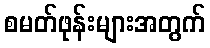
စမတ်ဖုန်းများအတွက်